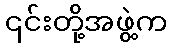
၎င်းတို့အဖွဲ့က